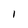
Character: I